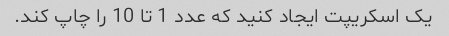
یک اسکریپت ایجاد کنید که عدد 1 تا 10 را چاپ کند.